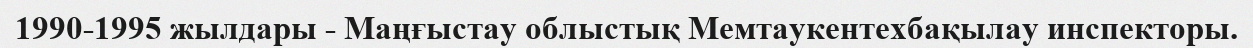
1990-1995 жылдары - Маңғыстау облыстық Мемтаукентехбақылау инспекторы.